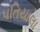
પતિયાલા